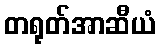
တရုတ်အာဆီယံ